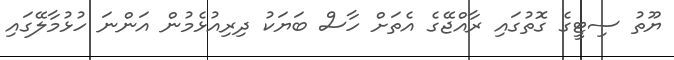
ޔޫތު ސިޓީގެ ގޮތުގައި ރާއްޖޭގެ އެތަށް ހާސް ބަޔަކު ދިރިއުޅެމުން އަންނަ ހުޅުމާލޭގައި